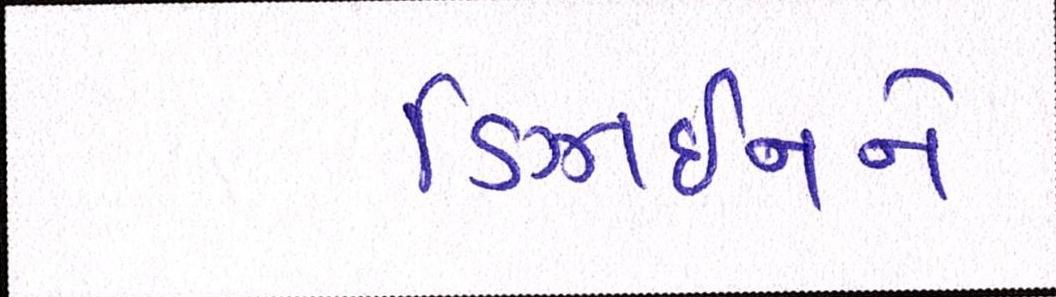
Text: ડિઝાઇનને